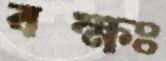
বক্ষঃ